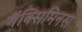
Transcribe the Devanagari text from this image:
मॅक्सिमिनस